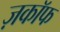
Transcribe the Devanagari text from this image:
ज़काॅफ